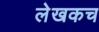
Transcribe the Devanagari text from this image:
लेखकच